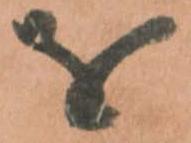
を